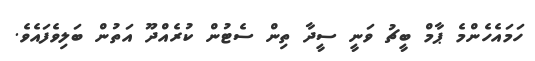
ހަމައެހެންމެ ޕާމް ބީޗު ވަނީ ސީދާ ތިން ސެޓުން ކުރެއްދޫ އަތުން ބަލިވެފައެވެ.